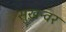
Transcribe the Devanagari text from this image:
सुख़न्वर